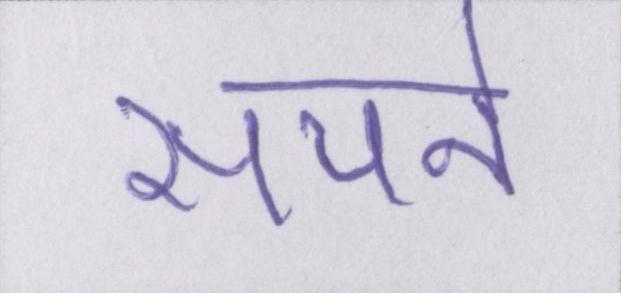
सपने